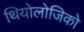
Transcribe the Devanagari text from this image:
थियोलोजिको